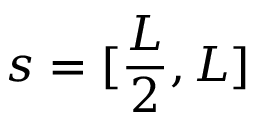
s = [ \frac { L } { 2 } , L ]